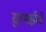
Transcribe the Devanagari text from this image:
सुरमईचे